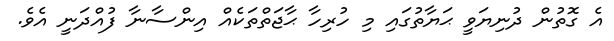
އެ ގޮތުން ދުނިޔަވީ ޙަޔާތުގައި މި ހުރިހާ ޙާޖަތްތަކެއް އިންސާނާ ފުއްދަނީ އެވެ.